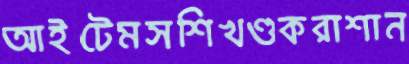
আইটেমসশিখণ্ডকরাশান